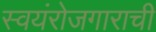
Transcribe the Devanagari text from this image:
स्वयंरोजगाराची